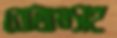
বোতামসহ